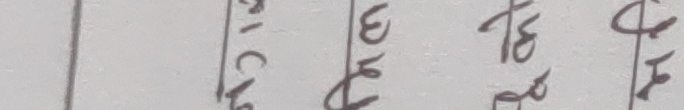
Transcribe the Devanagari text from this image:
२८० ३९६ १७२ ५६९